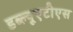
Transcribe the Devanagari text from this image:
डब्ल्यूएटीएस